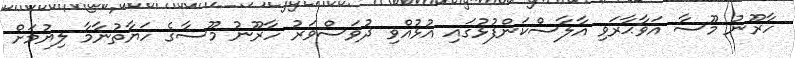
ހާރޫނު މޫސާ އަވާޙާރަވި އާލާސްކަންފުޅުގައި އުޅުއްވި ދުވަސްވަރު ހާރޫނު މޫސާގެ ހަޔާތުނާމާ ލިޔުމަށް